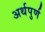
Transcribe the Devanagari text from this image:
अर्थपुर्ण